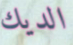
الديك